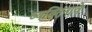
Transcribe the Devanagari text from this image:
व्यक्तिनावे